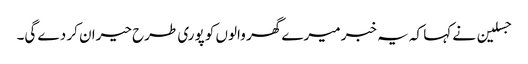
جسلین نے کہا کہ یہ خبر میرے گھر والوں کو پوری طرح حیران کر دے گی۔